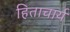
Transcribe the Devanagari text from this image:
हिताचार्य